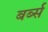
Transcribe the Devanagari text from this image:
बर्ब्स